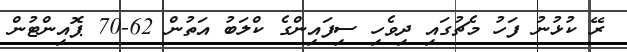
ރޭ ކުޅުނު ފަހު މެޗުގައި ދިވެހި ސިފައިންގެ ކްލަބު އަތުން 62-70 ޕޮއިންޓުން